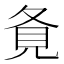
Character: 𡕚